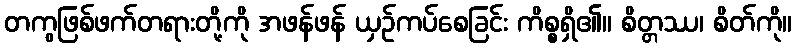
တကွဖြစ်ဖက်တရားတို့ကို အဖန်ဖန် ယှဉ်ကပ်စေခြင်း ကိစ္စရှိ၏။ စိတ္တဿ၊ စိတ်ကို။